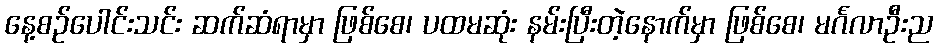
နေ့စဉ်ပေါင်းသင်း ဆက်ဆံရာမှာ ဖြစ်စေ၊ ပထမဆုံး နမ်းပြီးတဲ့နောက်မှာ ဖြစ်စေ၊ မင်္ဂလာဦးည